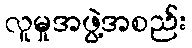
လူမှုအဖွဲ့အစည်း